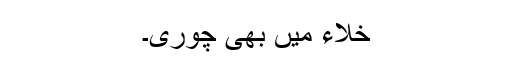
خلاء میں بھی چوری۔